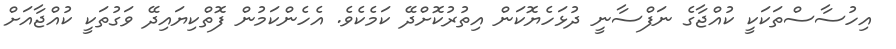
އިހުސާސްތަކަކީ ކުއްޖާގެ ނަފްސާނީ ދުޅަހެޔޮކަން އިތުރުކޮށްދޭ ކަމެކެވެ. އެހެންކަމުން ފޮތްކިޔައިދޭ ވަގުތަކީ ކުއްޖާއަށް